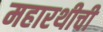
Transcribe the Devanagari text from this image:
महारथीची